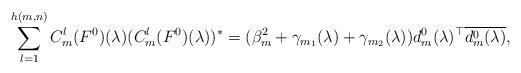
LaTeX: \begin{align*} \sum_{l=1}^{h(m,n)}C_{m}^{l}(F^{0})(\lambda)(C_{m}^{l}(F^{0})(\lambda))^{*}=(\beta_{m}^{2} +\gamma _{m_{1}} (\lambda )+\gamma _{m_{2}} (\lambda ))d_{m}^{0} (\lambda )^{\top} \overline{d_{m}^{0} (\lambda )},\end{align*}